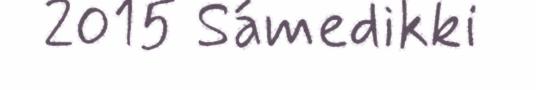
2015 Sámedikki